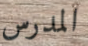
المدرس